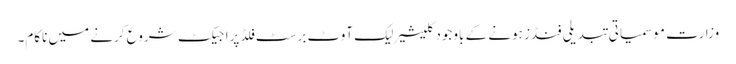
وزارت موسمیاتی تبدیلی فنڈز ہونے کے باوجودگلیشیر لیک آوٹ برسٹ فلڈ پراجیکٹ شروع کرنے میں ناکام۔